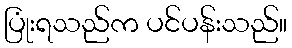
ပြုံးရသည်က ပင်ပန်းသည်။